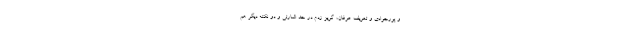
و پورجوادی و تعریف عرفان، گریز زدم در حد اشارتی و دو نکته دیگر هم